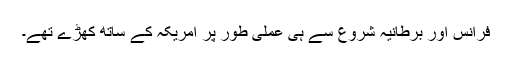
فرانس اور برطانیہ شروع سے ہی عملی طور پر امریکہ کے ساتھ کھڑے تھے۔